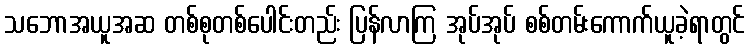
သဘောအယူအဆ တစ်စုတစ်ပေါင်းတည်း ပြန်လာကြ အုပ်အုပ် စစ်တမ်းကောက်ယူခဲ့ရာတွင်